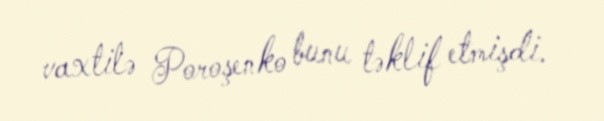
vaxtilə Poroşenko bunu təklif etmişdi.